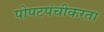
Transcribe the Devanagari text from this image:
पोपटपंचीकरता